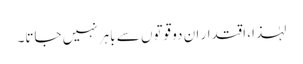
لہٰذا، اقتدار ان دو قوتوں سے باہر نہیں جاتا۔